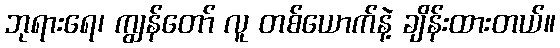
ဘုရားရေ၊ ကျွန်တော် လူ တစ်ယောက်နဲ့ ချိန်းထားတယ်။